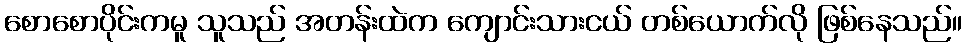
စောစောပိုင်းကမူ သူသည် အတန်းထဲက ကျောင်းသားငယ် တစ်ယောက်လို ဖြစ်နေသည်။